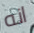
انه